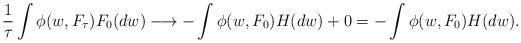
LaTeX: \begin{align*}\frac{1}{\tau}\int\phi(w,F_{\tau})F_{0}(dw)\longrightarrow-\int\phi(w,F_{0})H(dw)+0=-\int\phi(w,F_{0})H(dw). \end{align*}